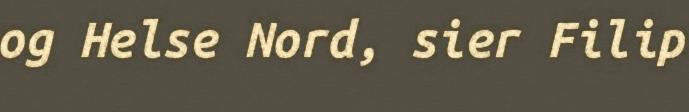
og Helse Nord, sier Filip